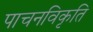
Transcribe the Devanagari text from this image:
पाचनविकृति